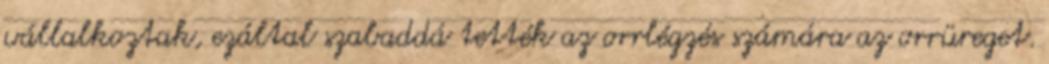
vállalkoztak, ezáltal szabaddá tették az orrlégzés számára az orrüreget.